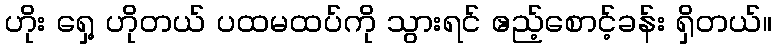
ဟိုး ရှေ့ ဟိုတယ် ပထမထပ်ကို သွားရင် ဧည့်စောင့်ခန်း ရှိတယ်။